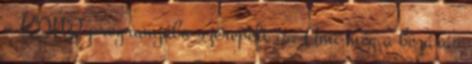
a KDNP programjába szerepelt is. Ami még a bezárás